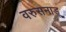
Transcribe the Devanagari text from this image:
वरुसनाडू